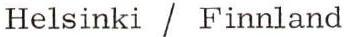
Helsinki / Finnland